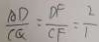
\frac { A D } { C Q } = \frac { D F } { C F } = \frac { 2 } { 1 }